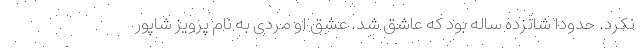
نکرد. حدودا شانزده ساله بود که عاشق شد. عشق او مردی به نام پرویز شاپور